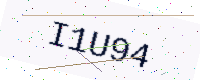
Text: I1U94